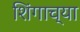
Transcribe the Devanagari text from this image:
शिंगाच्या